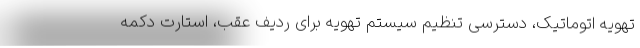
تهویه اتوماتیک، دسترسی تنظیم سیستم تهویه برای ردیف عقب، استارت دکمه